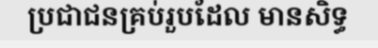
ប្រជាជនគ្រប់រួបដែល មានសិទ្ធ